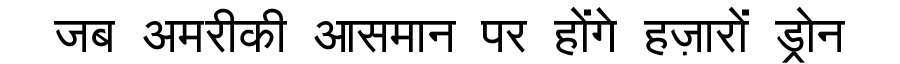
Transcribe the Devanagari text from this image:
जब अमरीकी आसमान पर होंगे हज़ारों ड्रोन